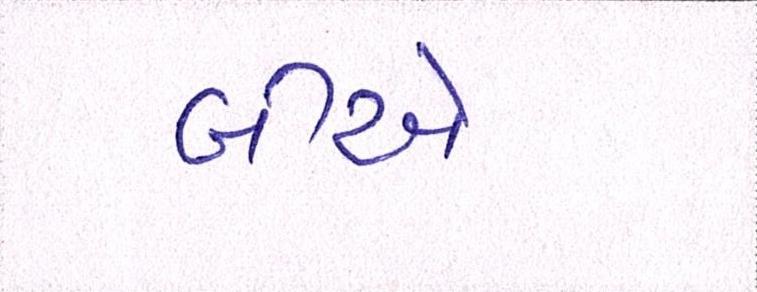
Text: બીએ